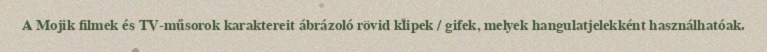
A Mojik filmek és TV-műsorok karaktereit ábrázoló rövid klipek / gifek, melyek hangulatjelekként használhatóak.